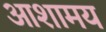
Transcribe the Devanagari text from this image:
आशामय